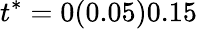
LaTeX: t^{*}=0(0.05)0.15